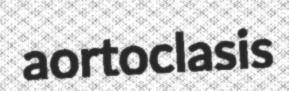
aortoclasis